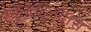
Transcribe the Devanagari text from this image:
रघुनंवदनदास